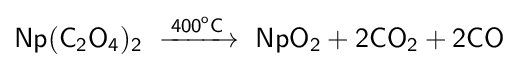
{\mathsf {Np(C_{2}O_{4})_{2}\ \xrightarrow {400^{o}C} \ NpO_{2}+2CO_{2}+2CO}}